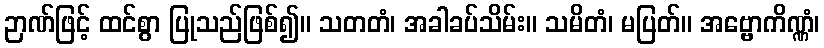
ဉာဏ်ဖြင့် ထင်စွာ ပြုသည်ဖြစ်၍။ သတတံ၊ အခါခပ်သိမ်း။ သမိတံ၊ မပြတ်။ အဗ္ဗောကိဏ္ဏံ၊